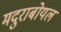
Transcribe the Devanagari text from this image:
मदुराबोयल